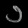
Digit: ၁